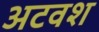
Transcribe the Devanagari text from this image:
अटवश